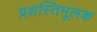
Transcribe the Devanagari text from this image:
प्रशस्तिमूलक